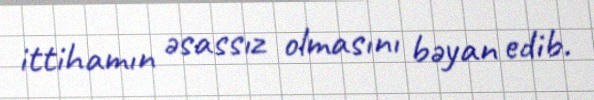
ittihamın əsassız olmasını bəyan edib.